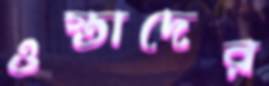
ওস্তাদের